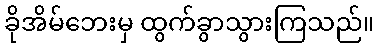
ခိုအိမ်ဘေးမှ ထွက်ခွာသွားကြသည်။